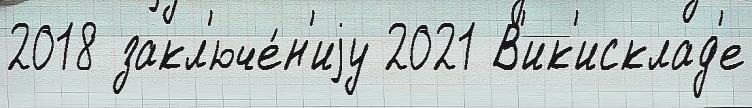
2018 закл'юче́н'иjу 2021 В'ик'исклад'е